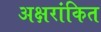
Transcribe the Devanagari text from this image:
अक्षरांकित